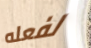
لفعله